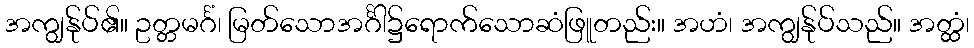
အကျွန်ုပ်၏။ ဥတ္တမင်္ဂံ၊ မြတ်သောအင်္ဂါ၌ရောက်သောဆံဖြူတည်း။ အဟံ၊ အကျွန်ုပ်သည်။ အတ္ထံ၊